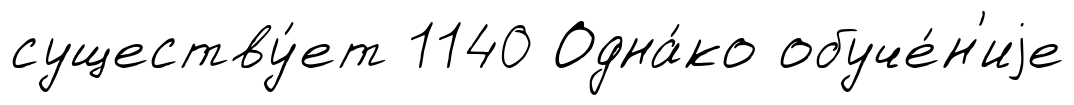
существу́ет 1140 Одна́ко обуче́н'иjе